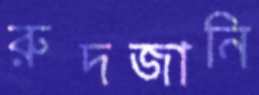
রুদজানি